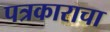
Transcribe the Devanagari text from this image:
पत्रकाराचा